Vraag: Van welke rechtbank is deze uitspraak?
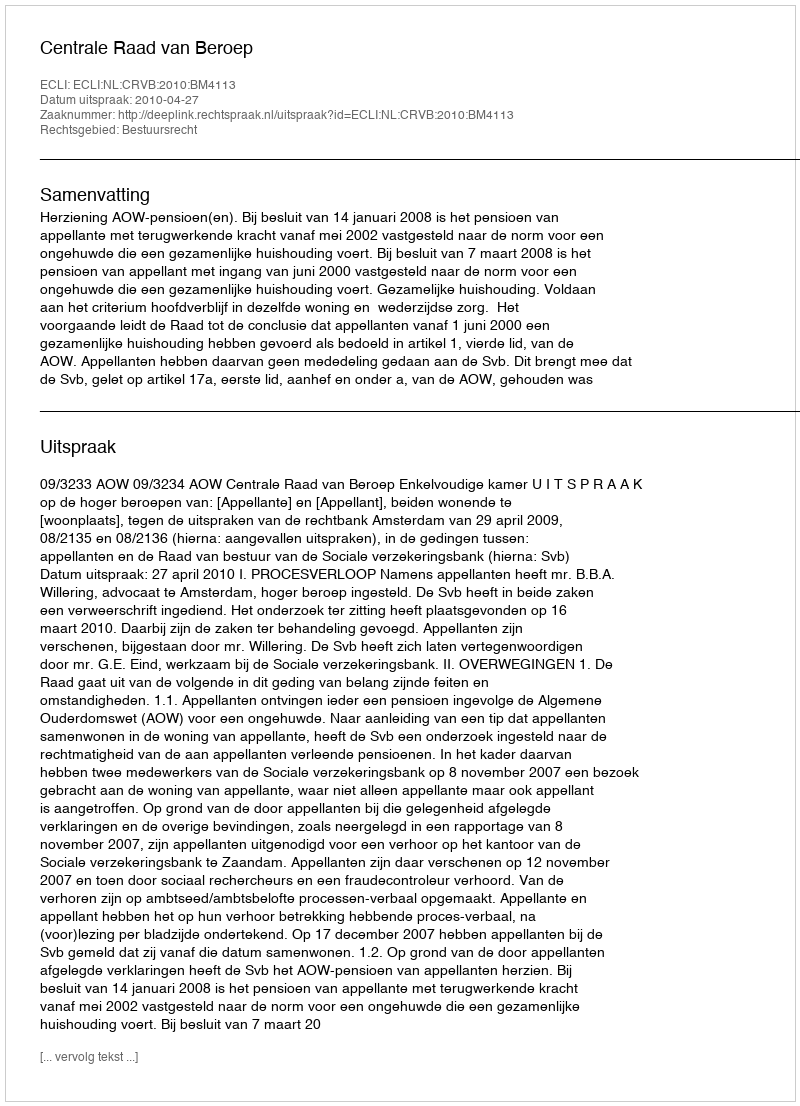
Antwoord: Centrale Raad van Beroep